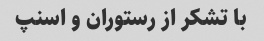
با تشکر از رستوران و اسنپ